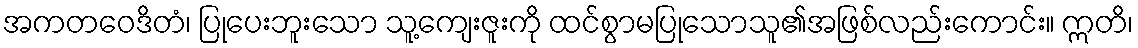
အကတဝေဒိတံ၊ ပြုပေးဘူးသော သူ့ကျေးဇူးကို ထင်စွာမပြုသောသူ၏အဖြစ်လည်းကောင်း။ ဣတိ၊